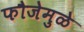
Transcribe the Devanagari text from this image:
फौजेमुळे